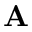
\bf { A }